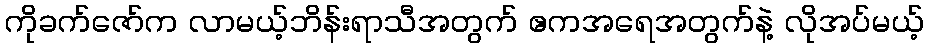
ကိုခက်ဇော်က လာမယ့်ဘိန်းရာသီအတွက် ဧကအရေအတွက်နဲ့ လိုအပ်မယ့်